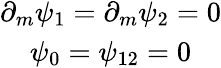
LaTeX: \begin{array}{c}{{\partial_{m}\psi_{1}=\partial_{m}\psi_{2}=0}}\\ {{\psi_{0}=\psi_{12}=0}}\end{array}